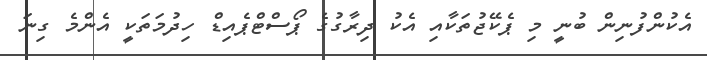
އެކުންފުނިން ބުނީ މި ޕެކޭޖުތަކާއި އެކު ދިރާގުގެ ޕޯސްޓްޕެއިޑް ހިދުމަތަކީ އެންމެ ގިނަ